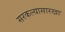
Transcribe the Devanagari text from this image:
सरकल्यासारखा